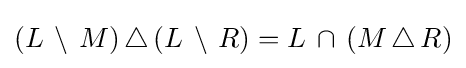
(L\,\setminus \,M)\,\triangle \,(L\,\setminus \,R)=L\,\cap \,(M\,\triangle \,R)